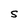
Character: S